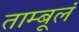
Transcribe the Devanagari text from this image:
ताम्बूलं